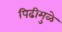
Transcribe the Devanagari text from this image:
पिढीमुळे